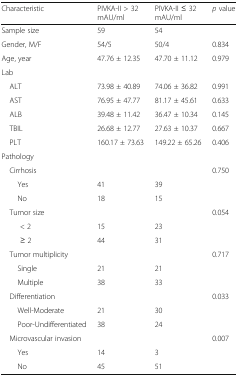
<table><thead><tr><td><b>Characteristic</b></td><td><b>PIVKA-II &gt; 32 mAU/ml</b></td><td><b>PIVKA-II ≤ 32 mAU/ml</b></td><td><b><i>p</i> value</b></td></tr></thead><tbody><tr><td>Sample size</td><td>59</td><td>54</td><td></td></tr><tr><td>Gender, M/F</td><td>54/5</td><td>50/4</td><td>0.834</td></tr><tr><td>Age, year</td><td>47.76 ± 12.35</td><td>47.70 ± 11.12</td><td>0.979</td></tr><tr><td colspan="4">Lab</td></tr><tr><td> ALT</td><td>73.98 ± 40.89</td><td>74.06 ± 36.82</td><td>0.991</td></tr><tr><td> AST</td><td>76.95 ± 47.77</td><td>81.17 ± 45.61</td><td>0.633</td></tr><tr><td> ALB</td><td>39.48 ± 11.42</td><td>36.47 ± 10.34</td><td>0.145</td></tr><tr><td> TBIL</td><td>26.68 ± 12.77</td><td>27.63 ± 10.37</td><td>0.667</td></tr><tr><td> PLT</td><td>160.17 ± 73.63</td><td>149.22 ± 65.26</td><td>0.406</td></tr><tr><td colspan="4">Pathology</td></tr><tr><td> Cirrhosis</td><td></td><td></td><td>0.750</td></tr><tr><td>Yes</td><td>41</td><td>39</td><td></td></tr><tr><td>No</td><td>18</td><td>15</td><td></td></tr><tr><td> Tumor size</td><td></td><td></td><td>0.054</td></tr><tr><td>&lt; 2</td><td>15</td><td>23</td><td></td></tr><tr><td>≥ 2</td><td>44</td><td>31</td><td></td></tr><tr><td> Tumor multiplicity</td><td></td><td></td><td>0.717</td></tr><tr><td>Single</td><td>21</td><td>21</td><td></td></tr><tr><td>Multiple</td><td>38</td><td>33</td><td></td></tr><tr><td> Differentiation</td><td></td><td></td><td>0.033</td></tr><tr><td>Well-Moderate</td><td>21</td><td>30</td><td></td></tr><tr><td>Poor-Undifferentiated</td><td>38</td><td>24</td><td></td></tr><tr><td> Microvascular invasion</td><td></td><td></td><td>0.007</td></tr><tr><td>Yes</td><td>14</td><td>3</td><td></td></tr><tr><td>No</td><td>45</td><td>51</td><td></td></tr></tbody></table>